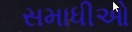
સમાધીઓ